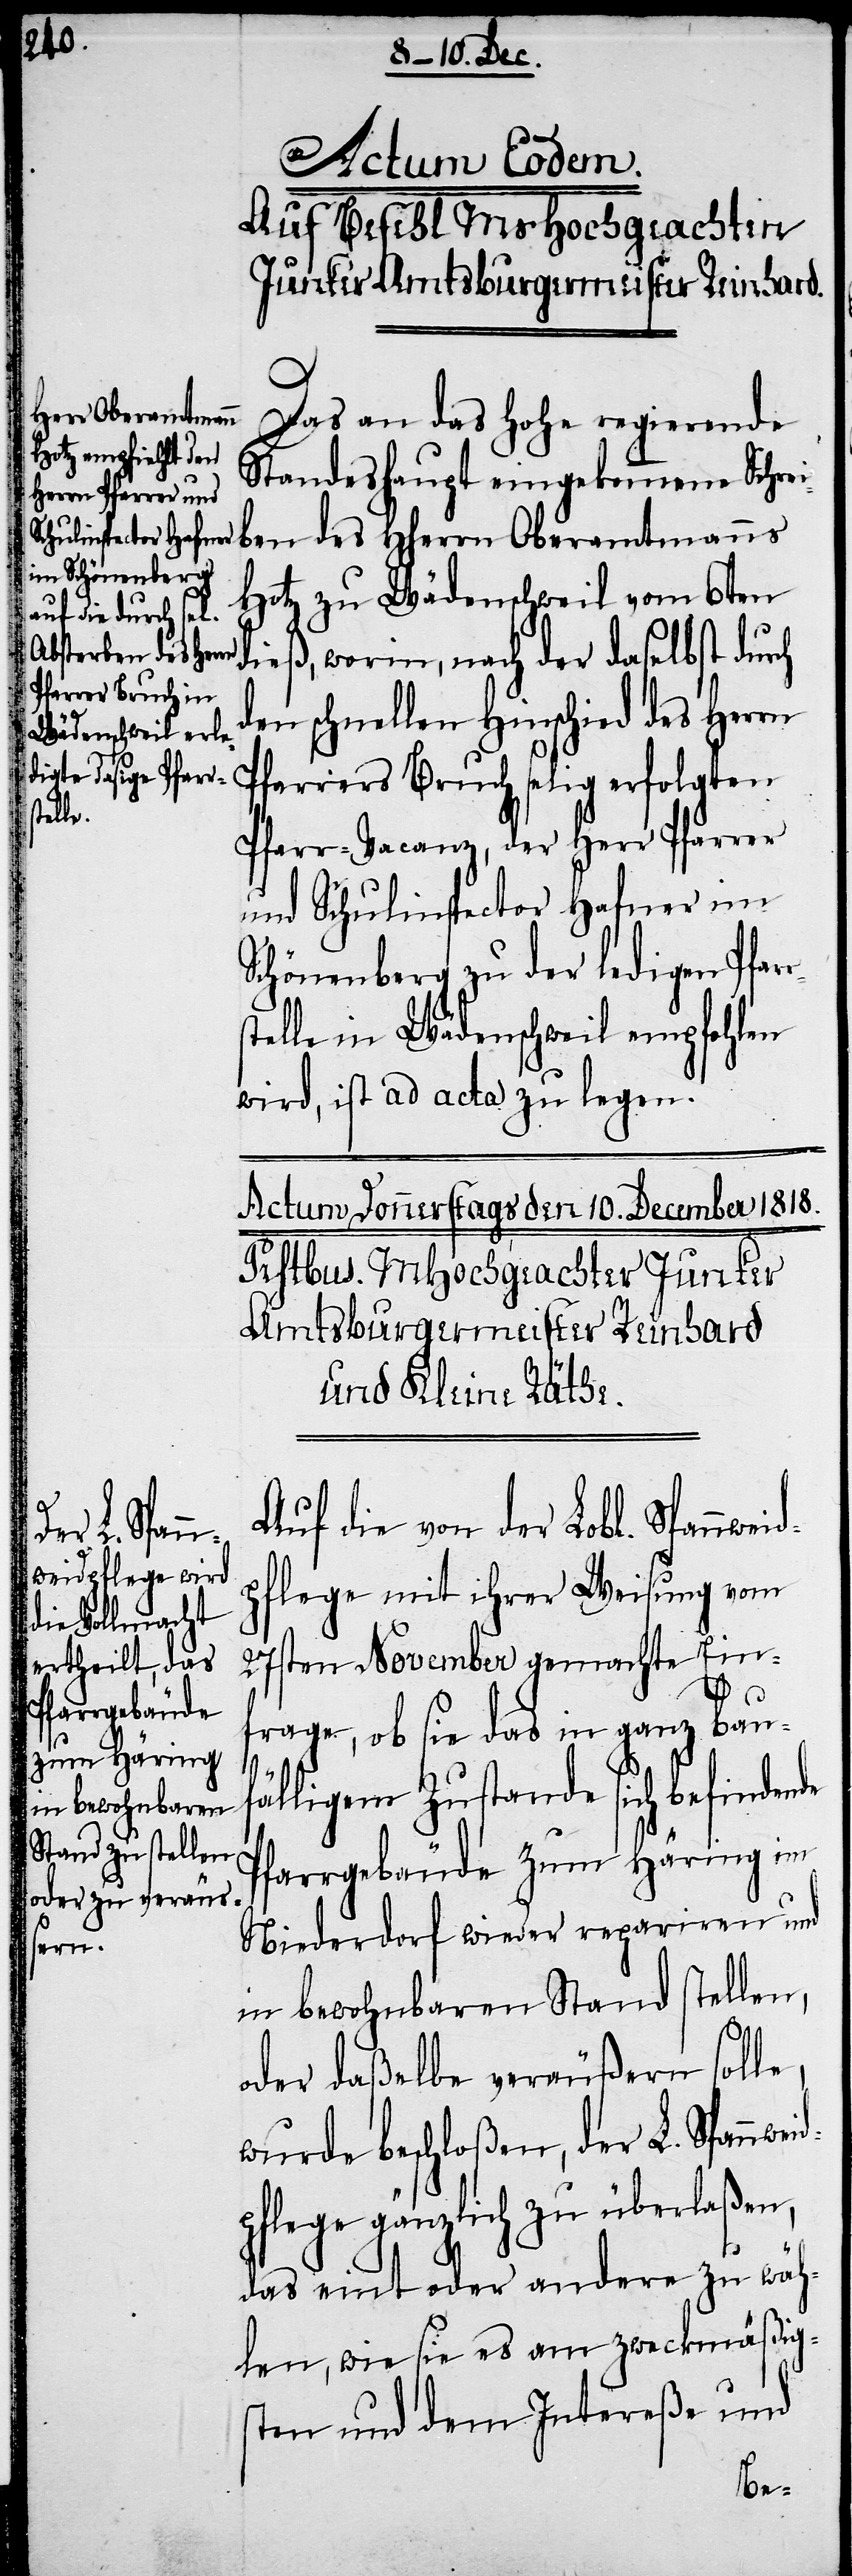
rs¬

Actum Eodem.
Auf Befehl MsHochgeachten
Junker Amtsburgermeister Reinhard.
Das an das Hohe regierende
Standeshaupt eingekommene Schrei¬
ben des HHerrn Oberamtmanns
Hotz zu Wädenschweil vom 6ten
dieß, worin, nach der daselbst dur¬
den schnellen Hinschied des Herrn
Pfarrers Bruch selig erfolgten
Pfarr-Vacanz, der Herr Pfarrer
und Schulinspector Hafner im
Schönenberg zu der ledigen Pfar¬
telle in Wädenschweil empfohlen
wird, ist ad acta zu legen.
Auf die von der Lobl. Spannwei¬
pflege mit ihrer Weisung vom
27sten November gemachte Einf¬
rage, ob sie das in ganz bau¬
fälligem Zustande sich befindende
Pfarrgebäude zum Häring im
Niederdorf wieder repariren und
in bewohnbaren Stand stellen,
idp¬
oder daßelbe veräußern solle,
wurde beschloßen, der L. Spannwe¬
flege gänzlich zu überlaßen,
das eint oder andere zu wäh¬
len, wie sie es am zweckmäßigs¬
ten und dem Intereße und